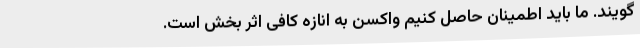
گویند. ما باید اطمینان حاصل کنیم واکسن به انازه کافی اثر بخش است.